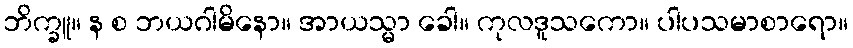
ဘိက္ခူ။ န စ ဘယဂါမိနော။ အာယသ္မာ ခေါ။ ကုလဒူသကော။ ပါပသမာစာရော။